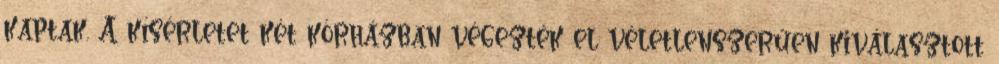
kaptak. A kísérletet két kórházban végezték el véletlenszerűen kiválasztott